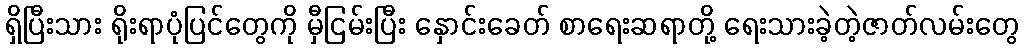
ရှိပြီးသား ရိုးရာပုံပြင်တွေကို မှီငြမ်းပြီး နှောင်းခေတ် စာရေးဆရာတို့ ရေးသားခဲ့တဲ့ဇာတ်လမ်းတွေ